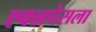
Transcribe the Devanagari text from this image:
एक्स्रपेसला